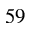
^ Ḋ 5 9 Ḍ